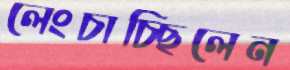
লেংচাচ্ছিলেন